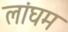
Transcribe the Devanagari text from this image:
लांघम